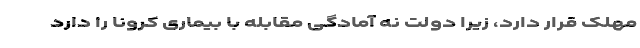
مهلک قرار دارد، زیرا دولت نه آمادگی مقابله با بیماری کرونا را دارد